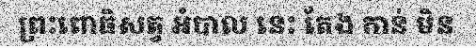
ព្រះពោធិសត្វ អំបាល នេះ តែង កាន់ មិន